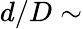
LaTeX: d/D\sim